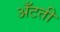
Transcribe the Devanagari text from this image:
अँटती